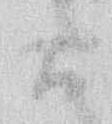
候